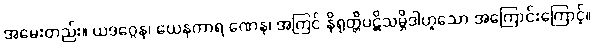
အမေးတည်း။ ယဒဂ္ဂေန၊ ယေနကာရ ဏေန၊ အကြင် နိရုတ္တိပဋိသမ္ဘိဒါဟူသော အကြောင်းကြောင့်။